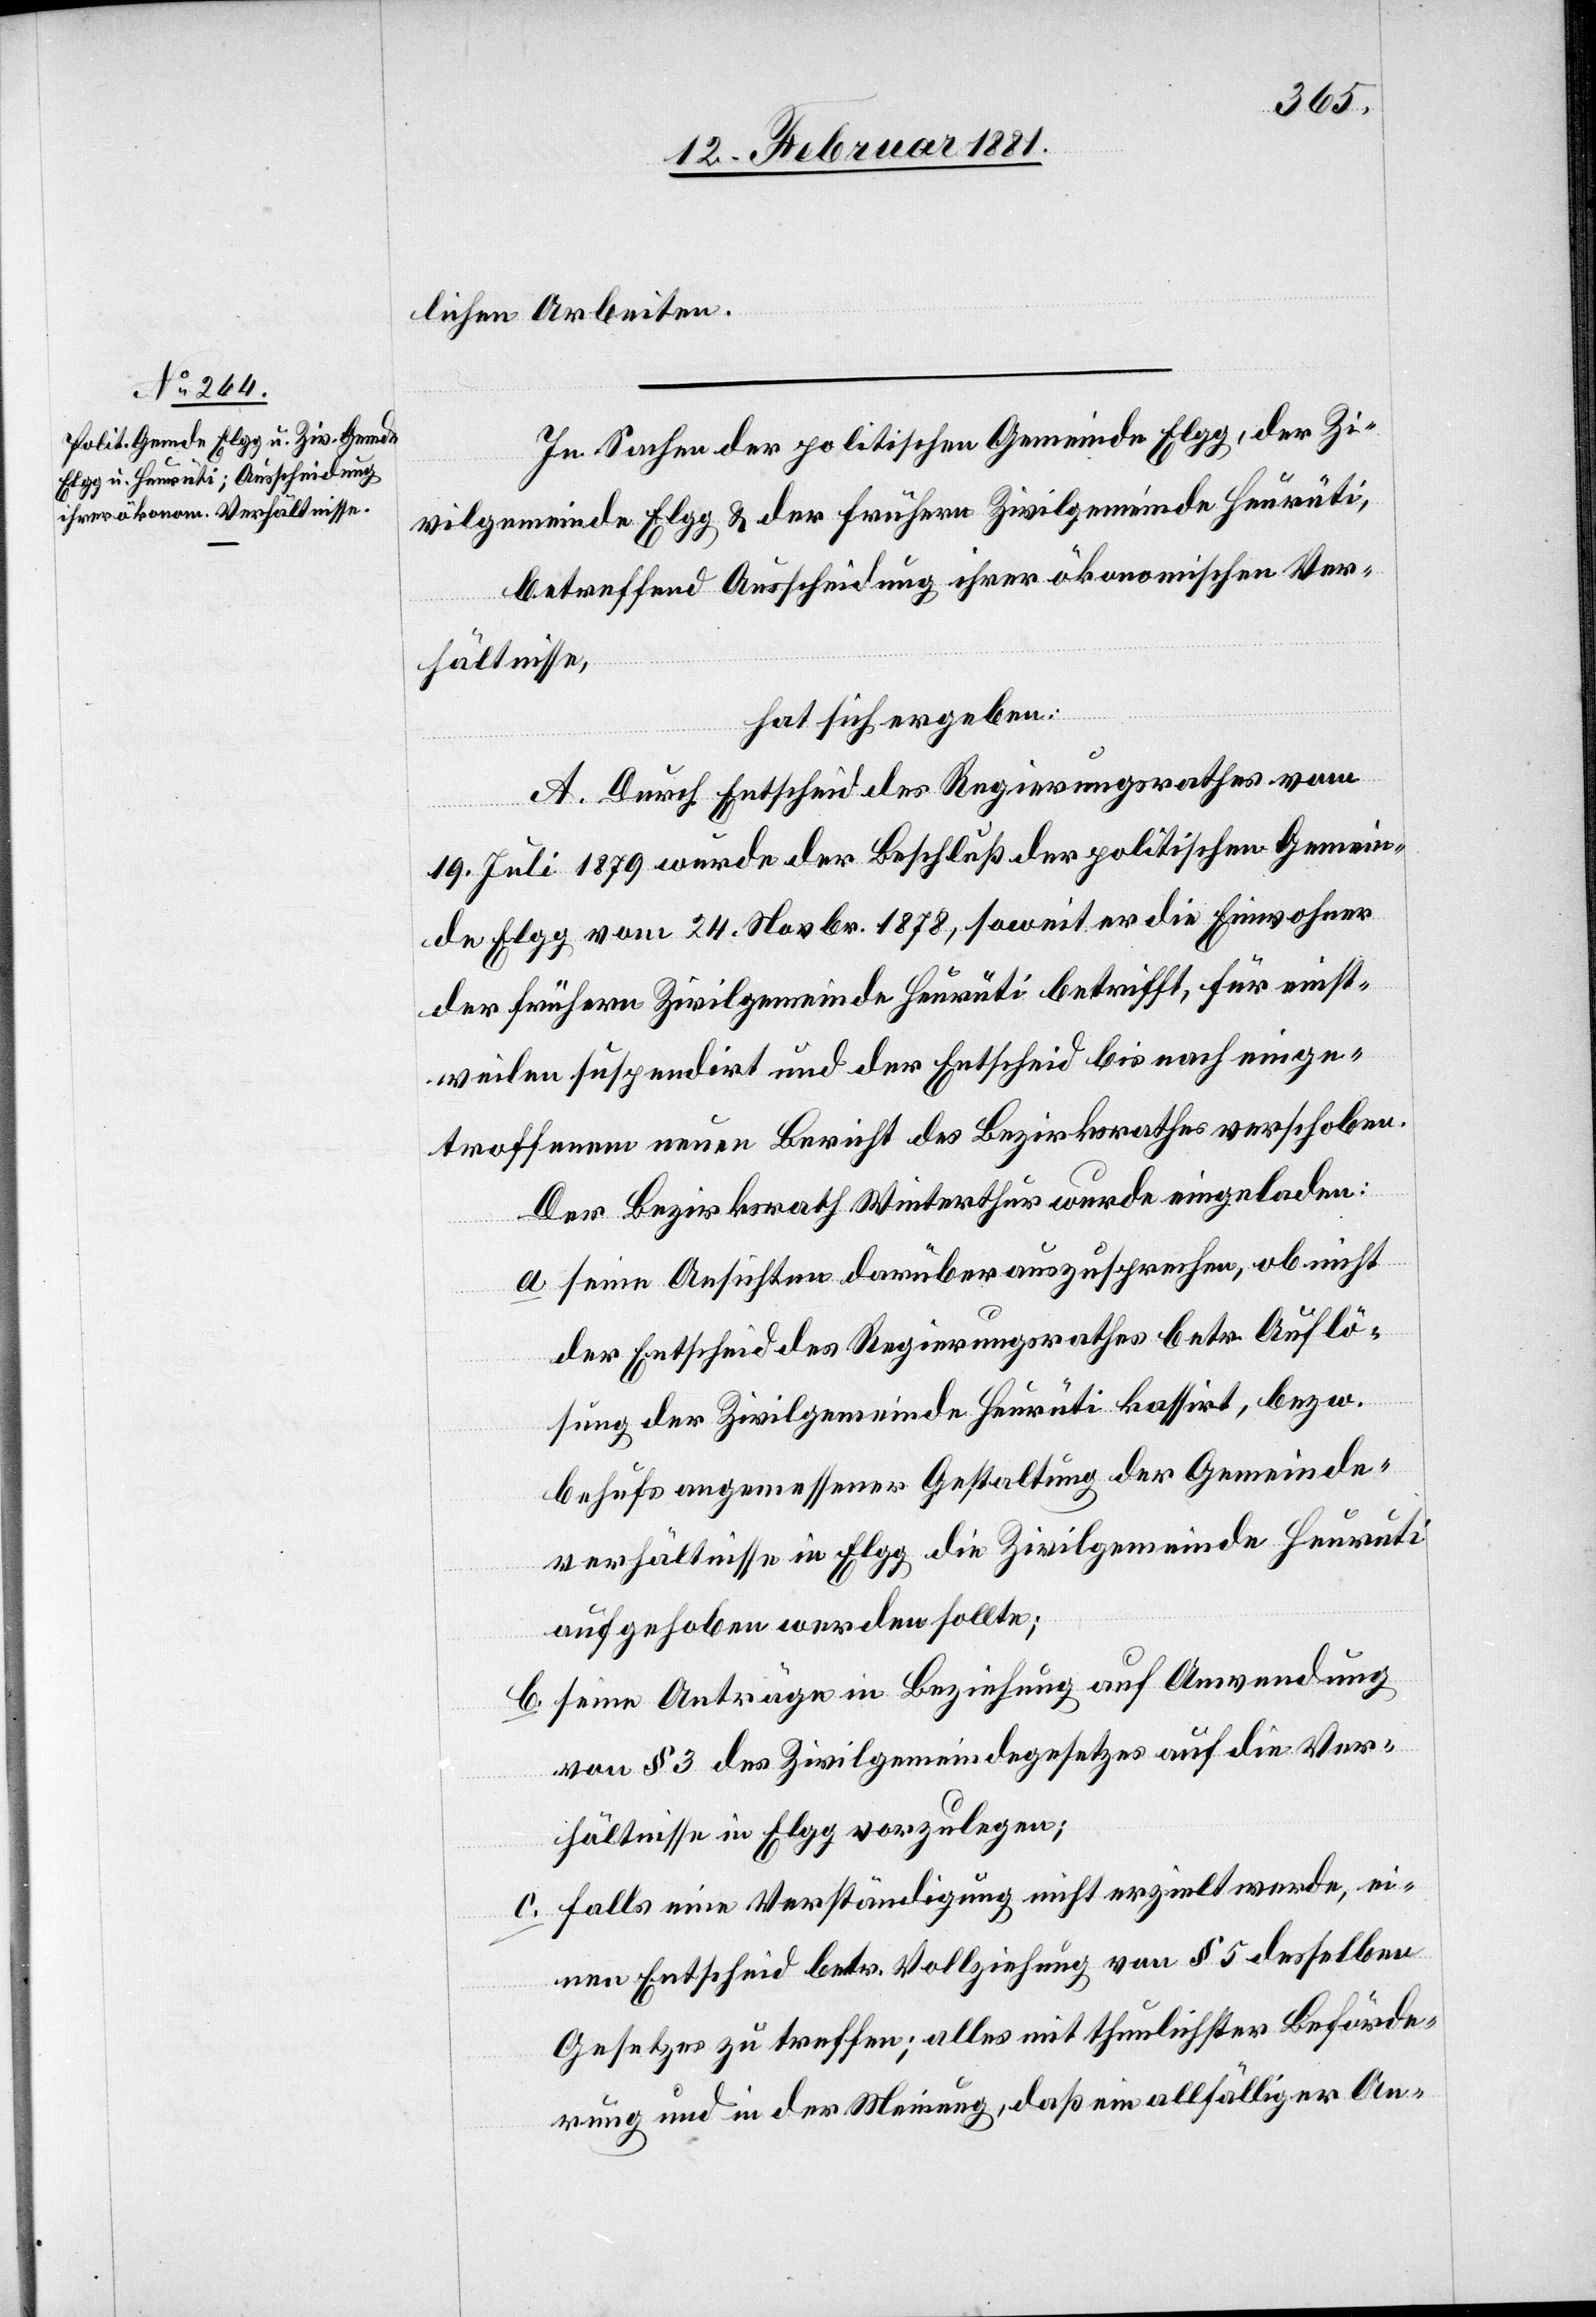
lichen Arbeiten.
In Sachen der politischen Gemeinde Elgg, der Zi¬
vilgemeinde Elgg & der frühern Zivilgemeinde Heurüti,
betreffend Ausscheidung ihrer ökonomischen Ver¬
hältnisse,
hat sich ergeben:
A. Durch Entscheid des Regierungsrathes vom
19. Juli 1879 wurde der Beschluß der politischen Gemein¬
de Elgg vom 24. Novbr. 1878, soweit er die Einwohner
der frühern Zivilgemeinde Heurüti betrifft, für einst¬
weilen suspendirt und der Entscheid bis nach einge¬
troffenem neuen Bericht des Bezirksrathes verschoben.
Der Bezirksrath Winterthur wurde eingeladen:
a. seine Ansichten darüber auszusprechen, ob er nicht
der Entscheid des Regierungsrathes betr. Auflö¬
sung der Zivilgemeinde Heurüti kassirt, bezw.
behufs angemessener Gestaltung der Gemeinde¬
verhältnisse in Elgg die Zivilgemeinde Heurüti
aufgehoben werden sollte;
b. seine Anträge in Beziehung auf Anwendung
von § 3 des Zivilgemeindegesetzes auf die Ver¬
hältnisse in Elgg vorzulegen;
c. falls eine Verständigung nicht erzielt werde, ei¬
nen Entscheid betr. Vollziehung von § 5 desselben
Gesetzes zu treffen; alles mit thunlichster Beförde¬
rung und in der Meinung, daß ein allfälliger An-